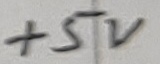
Text: +5V